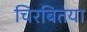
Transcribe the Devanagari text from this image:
चिरबितया